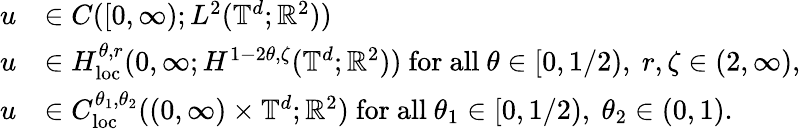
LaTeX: \begin{array}{rl}{u}&{\in C([0,\infty);L^{2}(\mathbb{T}^{d};{\mathbb R}^{2}))}\\ {u}&{\in H_{\mathrm{loc}}^{\theta,r}(0,\infty;H^{1-2\theta,\zeta}(\mathbb{T}^{d};{\mathbb R}^{2}))\ \mathrm{for~all~}\theta\in[0,1/2),\ r,\zeta\in(2,\infty),}\\ {u}&{\in C_{\mathrm{loc}}^{\theta_{1},\theta_{2}}((0,\infty)\times\mathbb{T}^{d};{\mathbb R}^{2})\ \mathrm{for~all~}\theta_{1}\in[0,1/2),\ \theta_{2}\in(0,1).}\end{array}